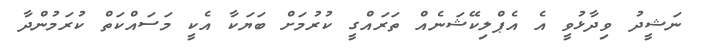
ނަޝީދު ވިދާޅުވީ އެ އެޕްލިކޭޝަނެއް ތަރައްގީ ކުރުމަށް ބަޔަކާ އެކީ މަސައްކަތް ކުރަމުންދާ